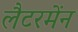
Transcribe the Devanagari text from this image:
लैटरमेंन